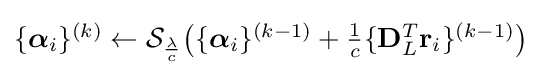
{\textstyle \{{\boldsymbol {\alpha }}_{i}\}^{(k)}\gets {\mathcal {S}}_{\frac {\lambda }{c}}{\big (}\{{\boldsymbol {\alpha }}_{i}\}^{(k-1)}+{\frac {1}{c}}\{\mathbf {D} _{L}^{T}\mathbf {r} _{i}\}^{(k-1)}{\big )}}